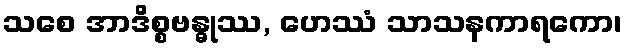
သစေ အာဒိစ္စဗန္ဓုဿ, ဟေဿံ သာသနကာရကော၊